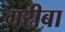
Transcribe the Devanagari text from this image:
गरीबा